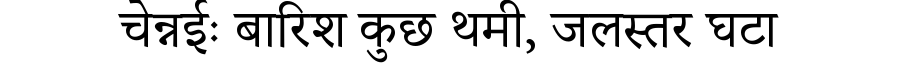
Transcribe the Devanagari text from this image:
चेन्नईः बारिश कुछ थमी, जलस्तर घटा